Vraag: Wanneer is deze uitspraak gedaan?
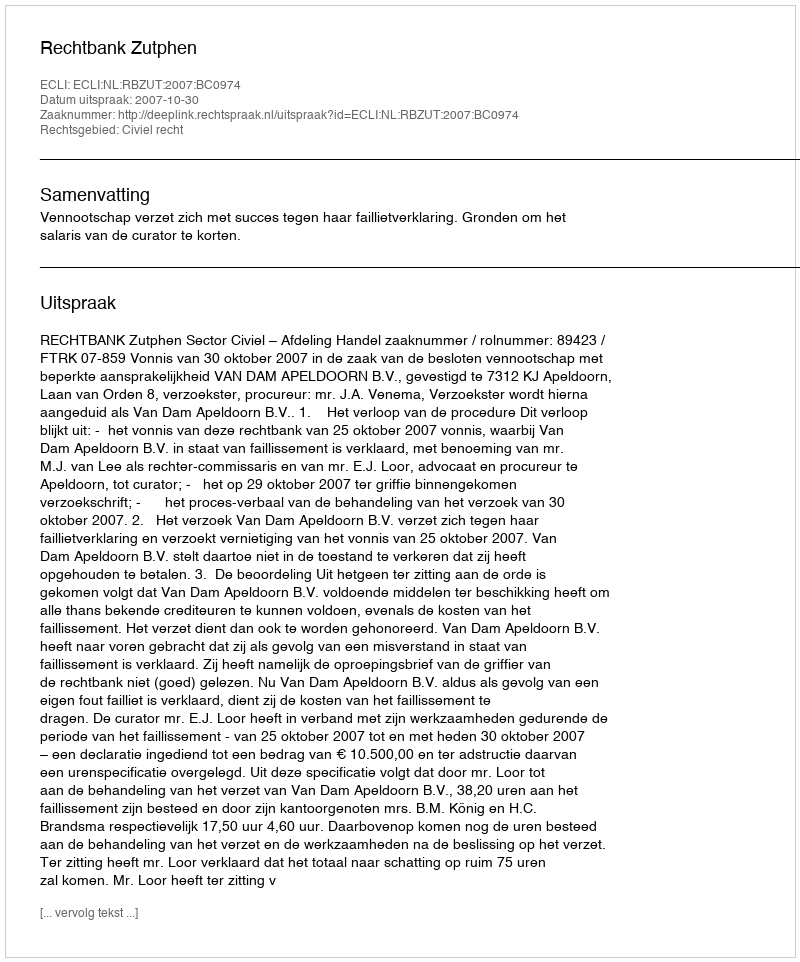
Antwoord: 2007-10-30